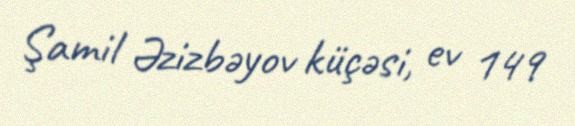
Şamil Əzizbəyov küçəsi, ev 149